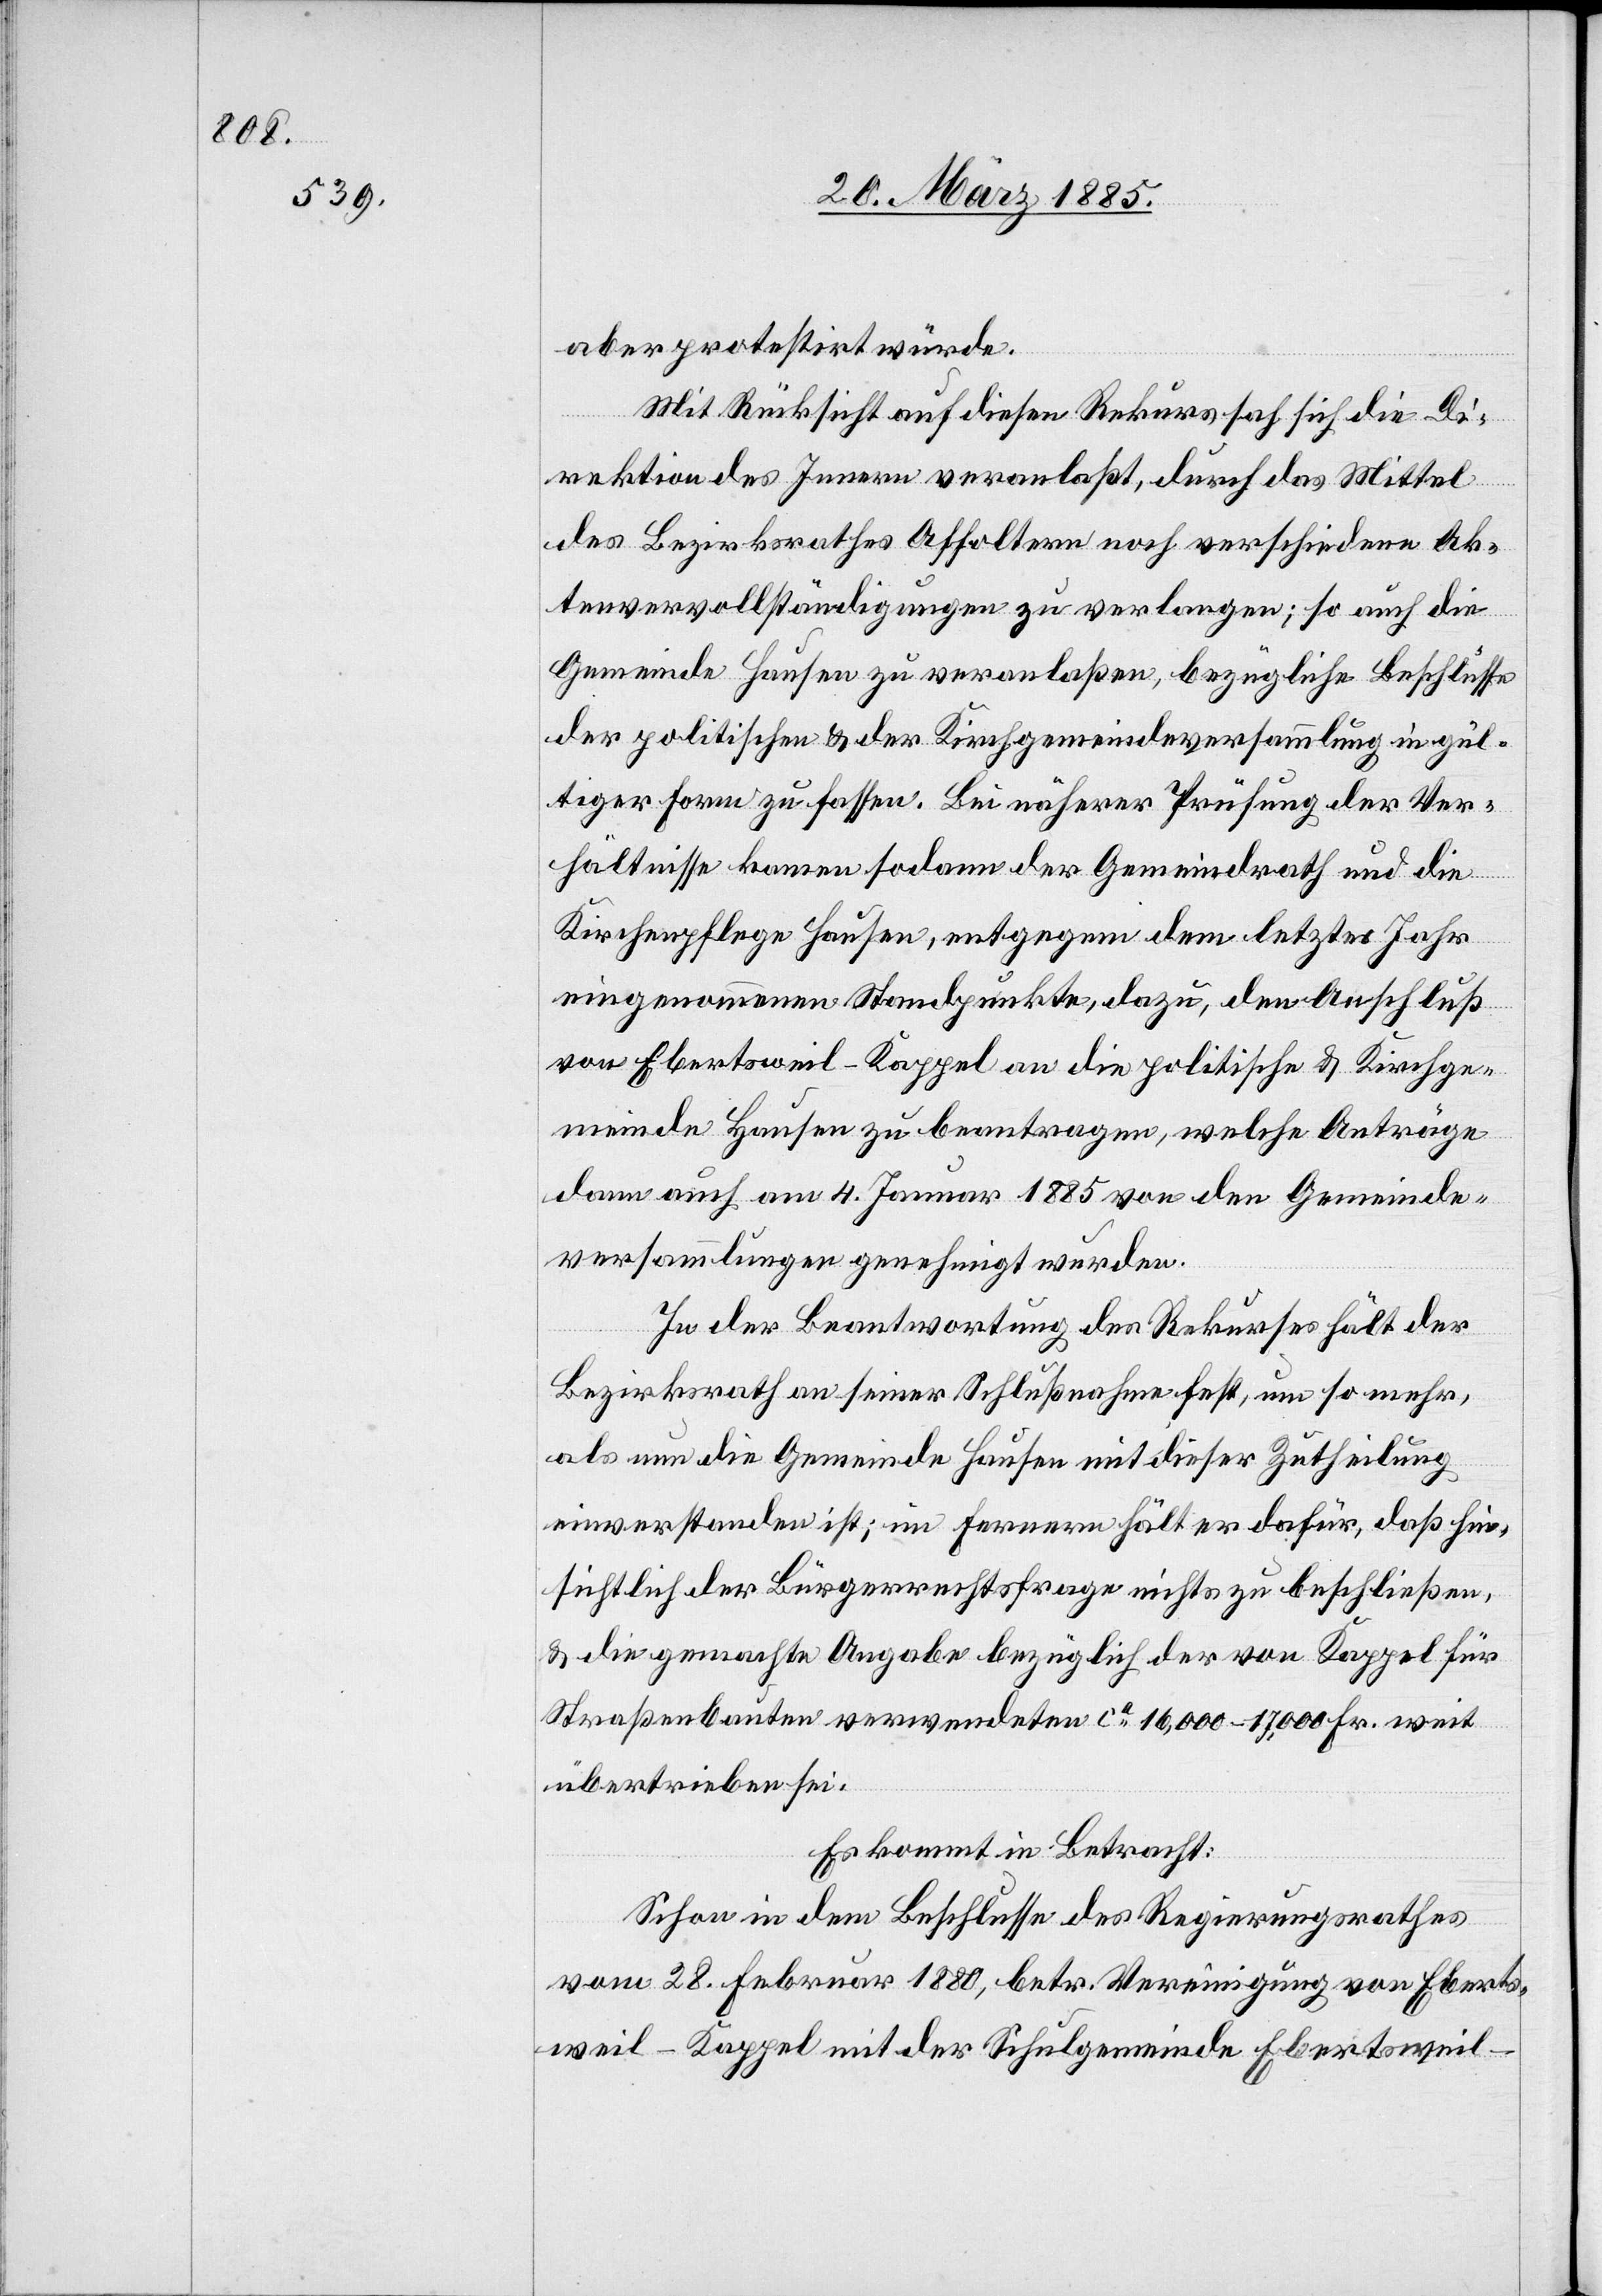
aber protestirt würde.
Mit Rücksicht auf diesen Rekurs sah sich die Di¬
rektion des Innern veranlaßt, durch das Mittel
des Bezirksrathes Affoltern noch verschiedene Ak¬
tenvervollständigungen zu verlangen; so auch die
Gemeinde Hausen zu veranlaßen, bezügliche Beschlüsse
der politischen & der Kirchgemeindeversammlung in gül¬
tiger Form zu fassen. Bei näherer Prüfung der Ver¬
hältnisse kamen sodann der Gemeindrath und die
Kirchenpflege Hausen, entgegen dem letztes Jahr
eingenommenen Standpunkte, dazu, den Anschluß
von Ebertsweil-Kappel an die politische & Kirchge¬
meinde Hausen zu beantragen, welche Anträge
dann auch am 4. Januar 1885 von den Gemeinde¬
versammlungen genehmigt wurden.
In der Beantwortung des Rekurses hält der
Bezirksrath an seiner Schlußnahme fest, um so mehr,
als nun die Gemeinde Hausen mit dieser Zutheilung
einverstanden ist; im Fernern hält er dafür, daß hin¬
sichtlich der Bürgerrechtsfrage nichts zu beschließen,
& die gemachte Angabe bezüglich der von Kappel für
Straßenbauten verwendeten ca 16,000–17,000 Fr. weit
übertrieben sei.
Es kommt in Betracht:
Schon in dem Beschlusse des Regierungsrathes
vom 28. Februar 1880, betr. Vereinigung von Eberts¬
weil-Kappel mit der Schulgemeinde Ebertsweil-